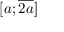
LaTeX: [ a ; { \overline { { 2 a } } } ]